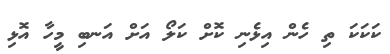
ކަކަކަ ތި ހެން އިޅެނި ކޮށް ކަލޯ އަށް އަނބި މީހާ އޮޅި